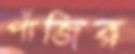
পাঁজির